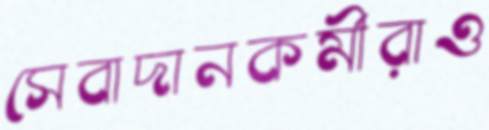
সেবাদানকর্মীরাও